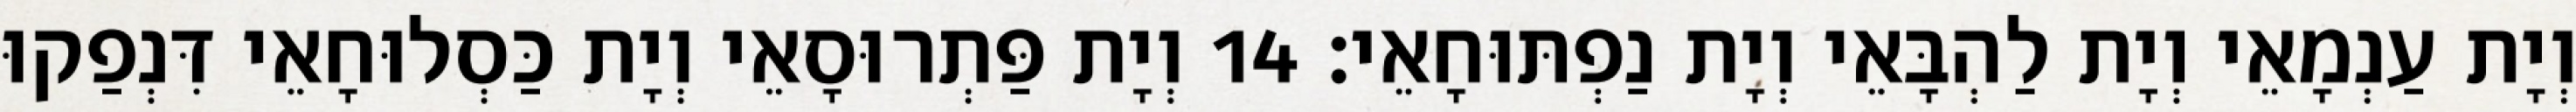
וְיָת עַנְמָאֵי וְיָת לַהְבָּאֵי וְיָת נַפְתּוּחָאֵי׃ 14 וְיָת פַּתְרוּסָאֵי וְיָת כַּסְלוּחָאֵי דִּנְפַקוּ